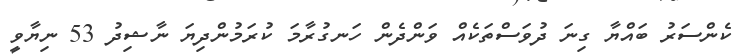
ކެންސަރު ބައްޔާ ގިނަ ދުވަސްތަކެއް ވަންދެން ހަނގުރާމަ ކުރަމުންދިޔަ ނާޝިދު 53 ނިޔާވީ